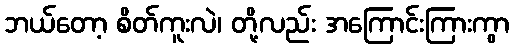
ဘယ်တော့ စိတ်ကူးလဲ၊ တို့လည်း အကြောင်းကြားကွာ